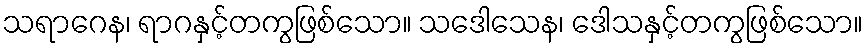
သရာဂေန၊ ရာဂနှင့်တကွဖြစ်သော။ သဒေါသေန၊ ဒေါသနှင့်တကွဖြစ်သော။